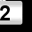
Digit: 2